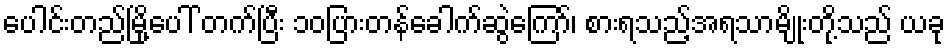
ပေါင်းတည်မြို့ပေါ် တက်ပြီး ၁၀ပြားတန်ခေါက်ဆွဲကြော်၊ စားရသည့်အရသာမျိုးတို့သည် ယခု